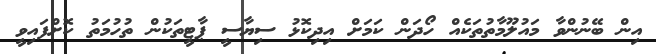
އިން ބޭނުންވާ މައުލޫމާތުތަކެއް ހޯދަން ކަމަށް އިދިކޮޅު ސިޔާސީ ޕާޓީތަކުން ތުހުމަތު ކޮށްފައިވީ